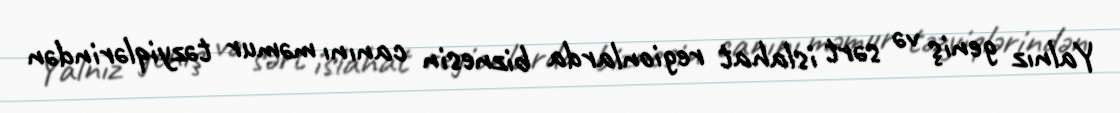
Yalnız geniş və sərt islahat regionlarda biznesin canını məmur təzyiqlərindən